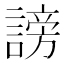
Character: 謗